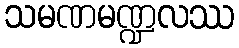
သမဏမဏ္ဍလဿ